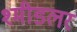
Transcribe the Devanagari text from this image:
श्मीडलर